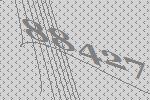
88427